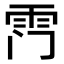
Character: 𮦅